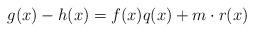
LaTeX: \begin{align*}g(x)-h(x)& = f(x)q(x)+m\cdot r(x)\end{align*}